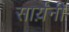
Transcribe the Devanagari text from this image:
सार्य़ंनी